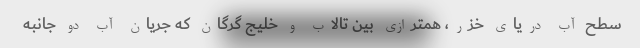
سطح آب دریای خزر، همترازی بین تالاب و خلیج گرگان که جریان آب دو جانبه